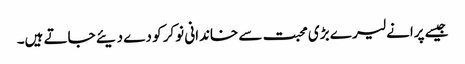
جیسے پرانے لیر ے بڑی محبت سے خاندانی نوکر کو دے دیئے جاتے ہیں۔